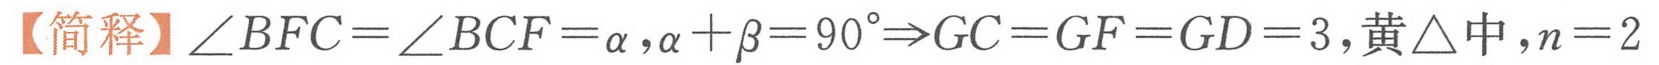
【简释】\(\angle BFC=\angle BCF=\alpha,\alpha +\beta =90^{\circ}\Rightarrow GC = GF = GD = 3\),黄\(\triangle\)中，\(n = 2\)